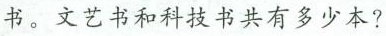
书。文艺书和科技书共有多少本?